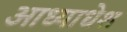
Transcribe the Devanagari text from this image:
आध्याधेश